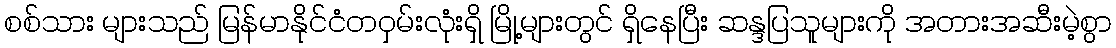
စစ်သား များသည် မြန်မာနိုင်ငံတဝှမ်းလုံးရှိ မြို့များတွင် ရှိနေပြီး ဆန္ဒပြသူများကို အတားအဆီးမဲ့စွာ